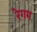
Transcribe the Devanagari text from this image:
रेगम